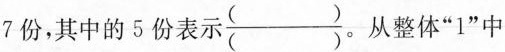
7份，其中的5份表示\frac{()}{()}。 从整体”1”中